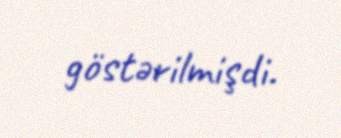
göstərilmişdi.